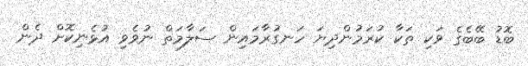
ބޮޑު ބޭބެގެ ވަކި ތަކާ ކުރަމުންދިޔަ ހަނގުރާމައިން ސަލާމަތް ނުވެވި އުޅެނިކޮށް ދެން